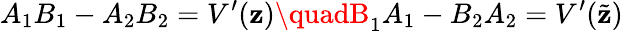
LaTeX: A_{1}B_{1}-A_{2}B_{2}=V^{\prime}(\mathbf{z})\quadB_{1}A_{1}-B_{2}A_{2}=V^{\prime}(\tilde{{\mathbf{z}}})